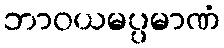
ဘာဝယမပ္ပမာဏံ